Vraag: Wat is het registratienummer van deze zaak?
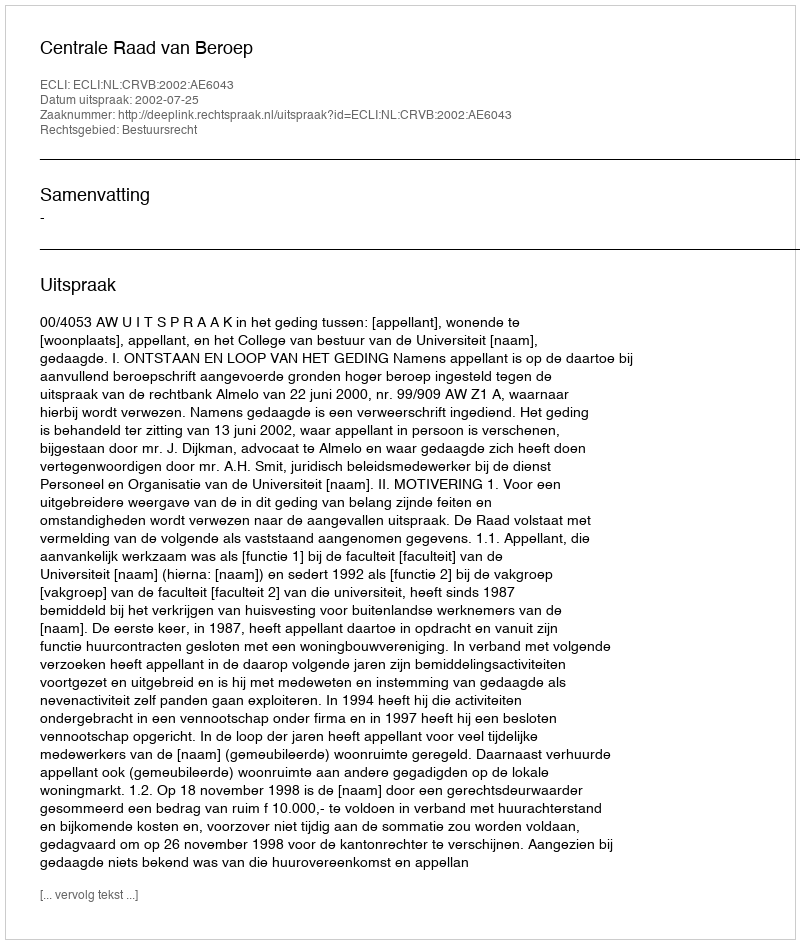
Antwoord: http://deeplink.rechtspraak.nl/uitspraak?id=ECLI:NL:CRVB:2002:AE6043